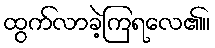
ထွက်လာခဲ့ကြရလေ၏။